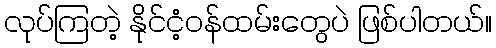
လုပ်ကြတဲ့ နိုင်ငံ့ဝန်ထမ်းတွေပဲ ဖြစ်ပါတယ်။